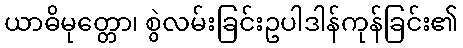
ယာဓိမုတ္တော၊ စွဲလမ်းခြင်းဥပါဒါန်ကုန်ခြင်း၏